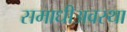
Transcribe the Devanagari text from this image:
समाधीअवस्था